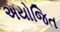
અયોજિત